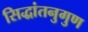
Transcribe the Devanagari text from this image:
सिद्धांतनुगुण